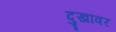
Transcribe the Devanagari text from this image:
दुखांवर